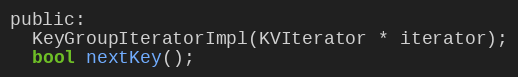
Language: C
public:
  KeyGroupIteratorImpl(KVIterator * iterator);
  bool nextKey();